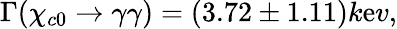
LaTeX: \Gamma(\chi_{c0}\rightarrow\gamma\gamma)=(3.72\pm1.11)k\mathrm{e}v,